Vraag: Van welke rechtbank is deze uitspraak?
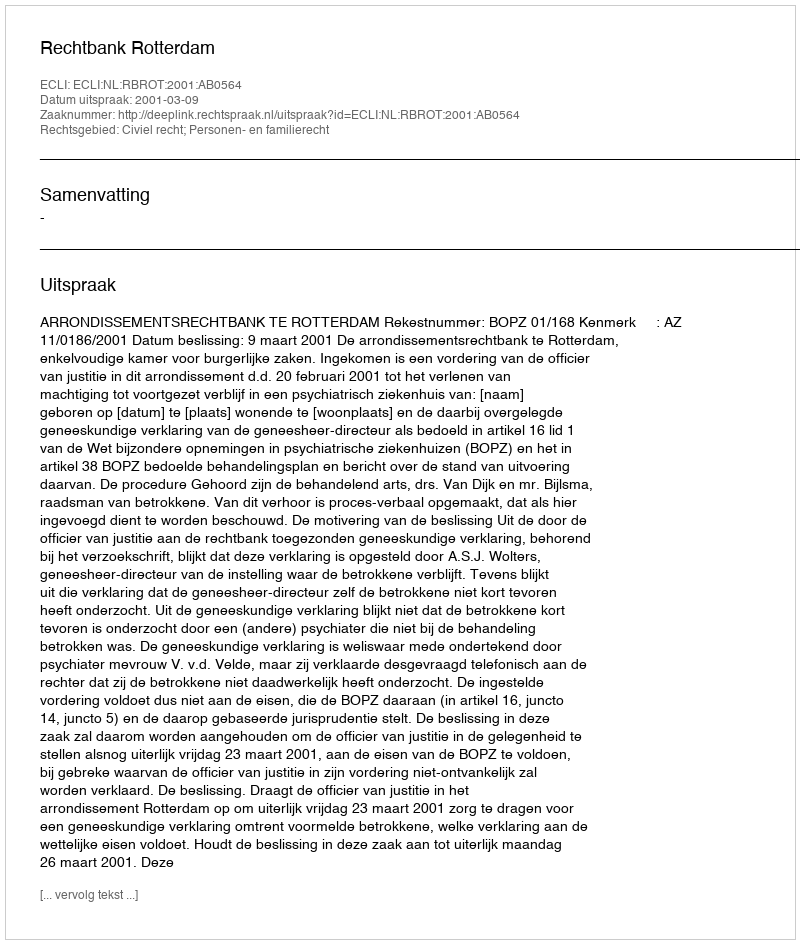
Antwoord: Rechtbank Rotterdam